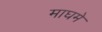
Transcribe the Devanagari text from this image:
माघमे